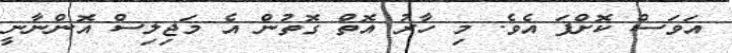
އަވަސް ކޮށްފަ އެވެ. މި ހާރު އޮތް ގޮތުން އެ މަޖިލިސް އޮންނާނީ